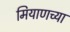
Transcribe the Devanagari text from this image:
मियाणच्या